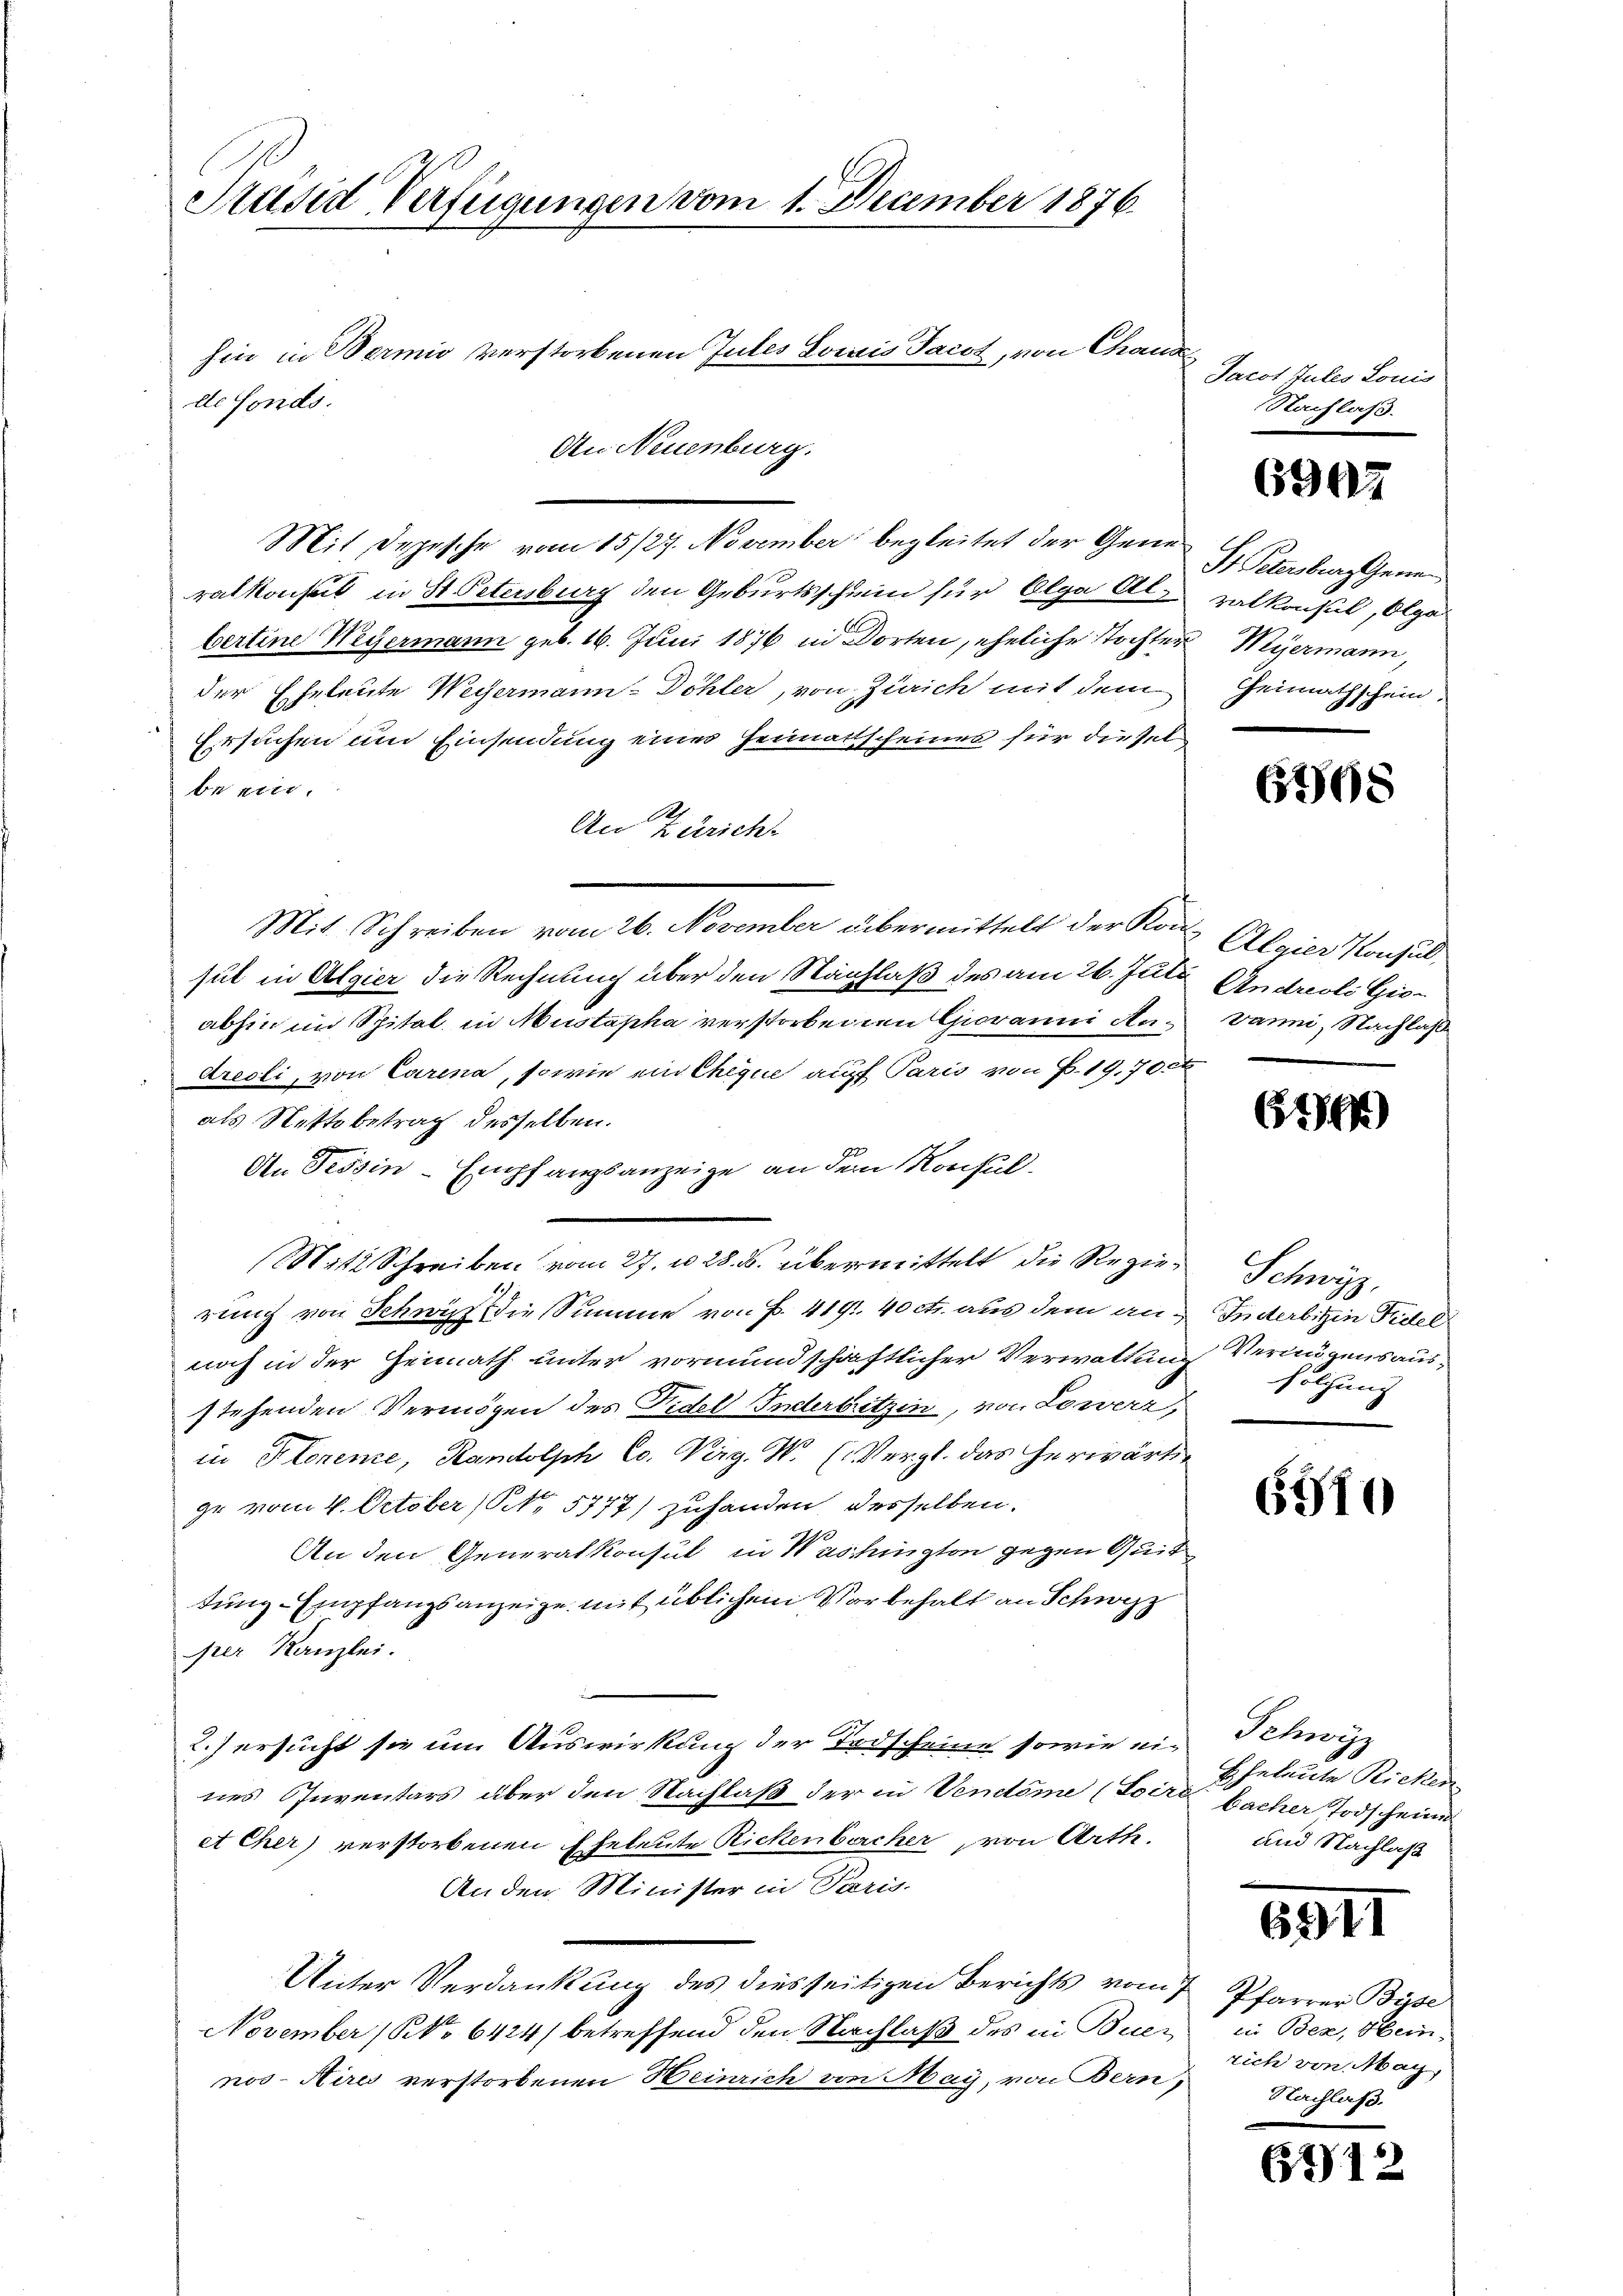
Präsid Verfügungen vom 1. December 1876.
hin in Bermis verstorbenen Gutes Lowis Jacot, von Chand
de Fonds.
An Neuenburg.

Mit Depesche vom 15/27. November begleitet der Generalkonsul in St. Petersburg den Geburtsschein für Olga Als Balkonsul, Olge
bertine Wegermann geb. 16. Juni 1876 in Dorten, eheliche Tochter Weyermann,
der Eheleute Weyermann-Döhler, von Zürich mit dem Heimathschein.
Ersuchen um Einsendung eines Heimatscheines für diesel
be ein.
A.
An Züricht
Mit Schreiben vom 26. November übermittelt der Kon Algier Konsul,
sul in Algier die Rechnung über den Nachlaß des am 26. Juli Andreoli Gioabhin im Spital, in Mustapha verstorbenen Giovanni An¬ Danni, Nachlasse
dreoli, von Carina, sowie ein Chique auf Paris von P. 19,70
als Nettobetrag desselben.
An Tessin-Empfangsanzeige an dem Konsul-
(Mit Schreiben vom 27. u 28. B. übermittelt die Regierung von Schwyz die Summe von P. 4191. 40 cts. aus dem an Inderbitzin Fidel
noch in der Heimath unter vormundschaftlicher Verwaltung
stehenden Vermögen des Fidel Indertritzin, von Lowerz,
in Florene, Randolph Co. Verg. W. (Vergl. das herwärtige vom 4. October (S. 5777) zuhanden desselben,
An den Generalkonsul in Washington gegen Quit
tung- Empfangsanzeige mit üblichem Vorbehalt an Schwyz
per Kanzlei.
2.) ersucht sie um Auswirkung der Todscheine sowie eines Inventars über den Nachlaß der in Ventime (Soire
et Cher) verstorbenen Eheleute Rickenbercher von Arth.
An den Minister in Paris.
Unter Verdankung des diesseitigen Berichts vom
November (NNo 6424) betreffend den Nachlaß des in Buen
nos Aires verstorbenen Heinrich von May, von Bern,

Jacot Jules Louis
Saiflaß.

6907

Dr. Petersburgthei

6708

t

674)

Schwyz,
Verungensaussolchung

6910

Schwerz
Eheleute Ricken
bacher Todscheine
und Nachlaß

6911

Pfarrer Byse
ii Bez, Hein-
rich von Mach
Nachlaß.

6712